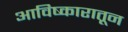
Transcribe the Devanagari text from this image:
आविष्कारातून